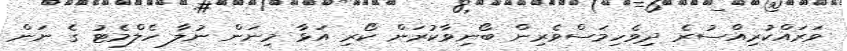
ވަރައްކުރިއްސުރެ ދިވެހިމަސްވެރިން ބޯނިވާކުރަން ކޯރި އަޅާ މިނަން ނުލާ ހެލްމެޓު ގެ ނަން